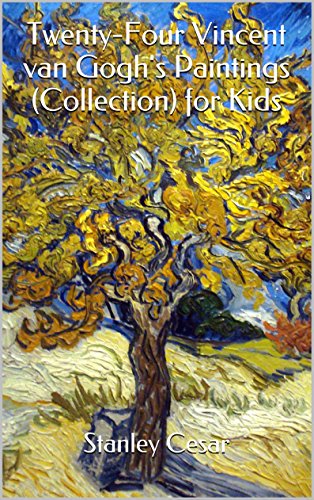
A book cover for Twenty-Four Vincent van Gogh's Paintings (Collection) for Kids; Stanley Cesar; Cookbooks, Food & Wine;